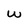
Character: W